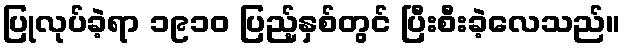
ပြုလုပ်ခဲ့ရာ ၁၉၁၀ ပြည့်နှစ်တွင် ပြီးစီးခဲ့လေသည်။